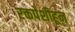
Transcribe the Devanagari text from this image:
रक्तपेशीहून